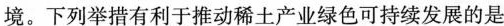
环境。下列举措有利于推动稀土产业绿色可持续发展的是